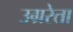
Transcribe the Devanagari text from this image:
उग्ररेता